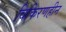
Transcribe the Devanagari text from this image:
विकिरणहीन